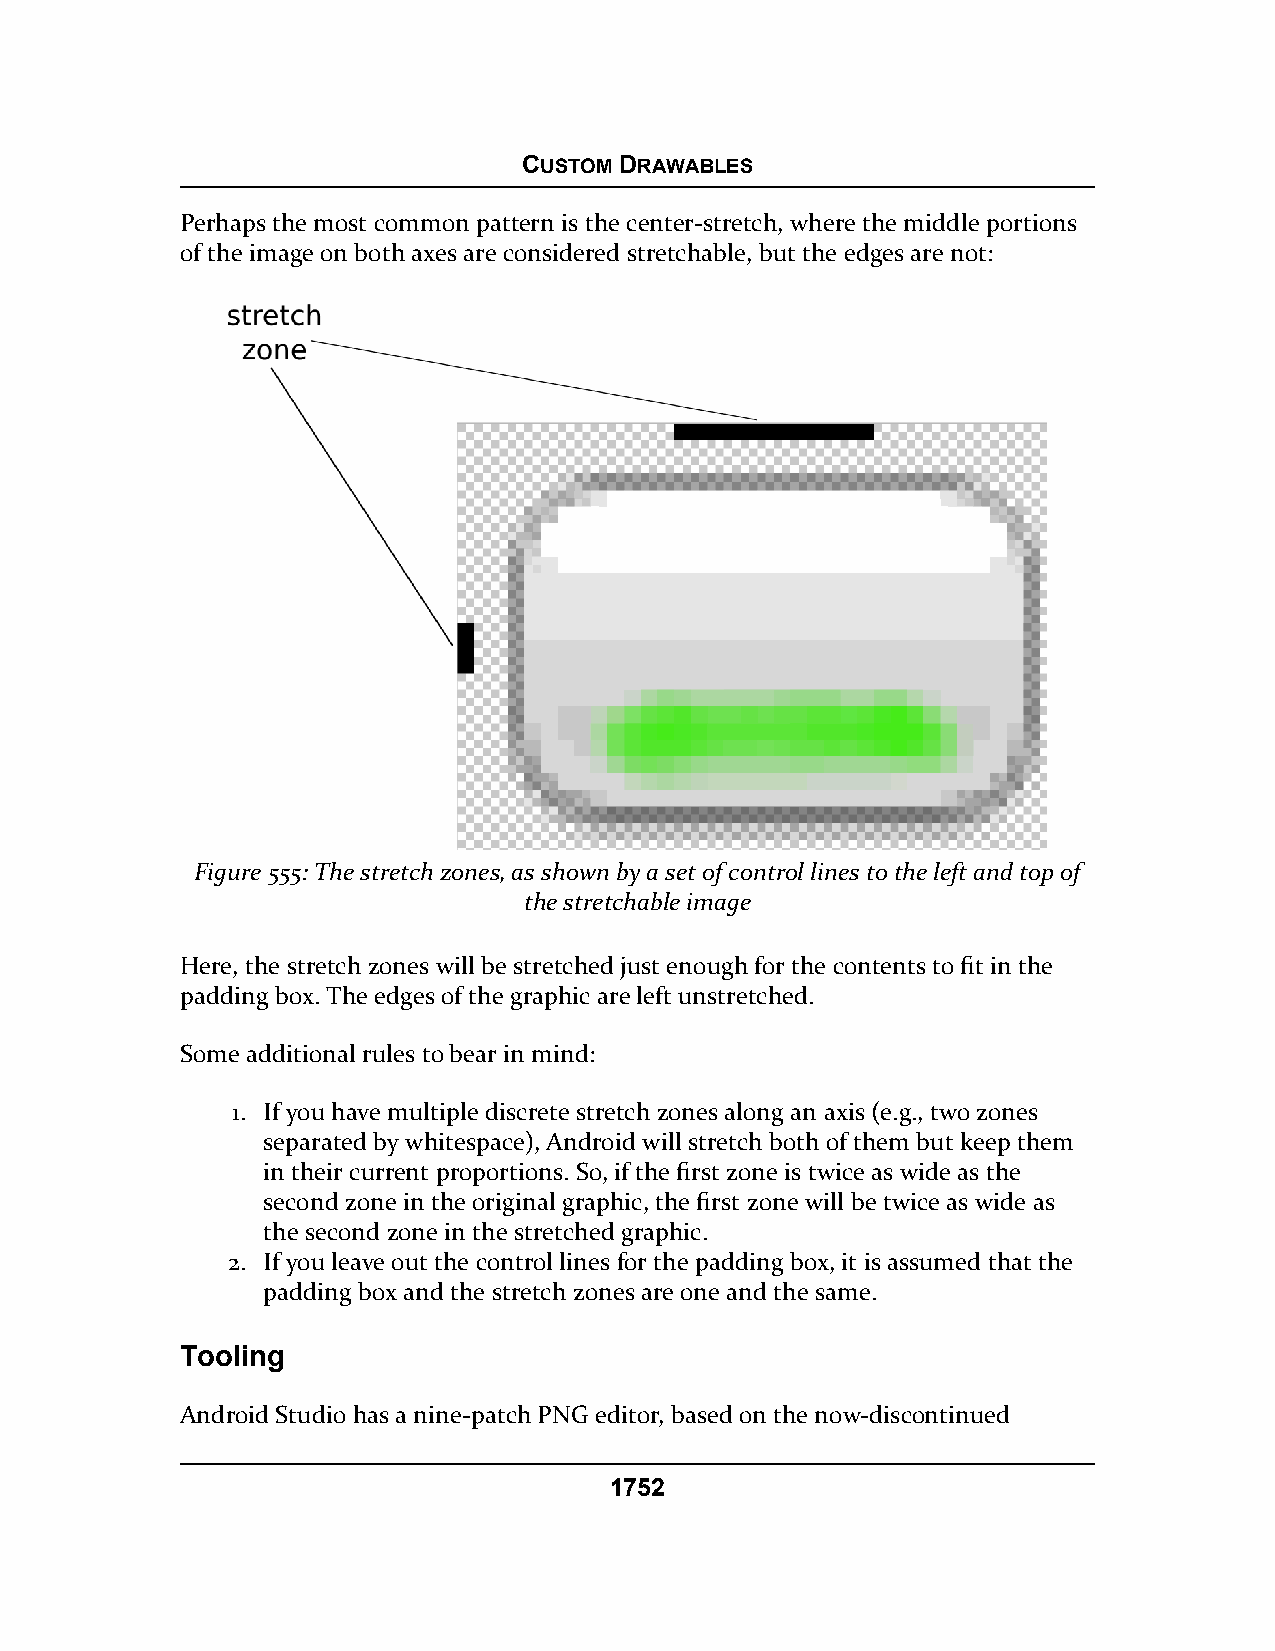
CUSTOM DRAWABLES
 Perhaps the most common pattern is the center-stretch, where the middle portions
 of the image on both axes are considered stretchable, but the edges are not:
 Figure 555: The stretch zones, as shown by a set of control lines to the left and top of
 the stretchable image
 Here, the stretch zones will be stretched just enough for the contents to fit in the
 padding box. The edges of the graphic are left unstretched.
 Some additional rules to bear in mind:
 1. If you have multiple discrete stretch zones along an axis (e.g., two zones
 separated by whitespace), Android will stretch both of them but keep them
 in their current proportions. So, if the first zone is twice as wide as the
 second zone in the original graphic, the first zone will be twice as wide as
 the second zone in the stretched graphic.
 2. If you leave out the control lines for the padding box, it is assumed that the
 padding box and the stretch zones are one and the same.
 Tooling
 Android Studio has a nine-patch PNG editor, based on the now-discontinued
 1752